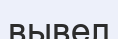
вывел